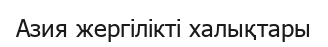
Азия жергілікті халықтары